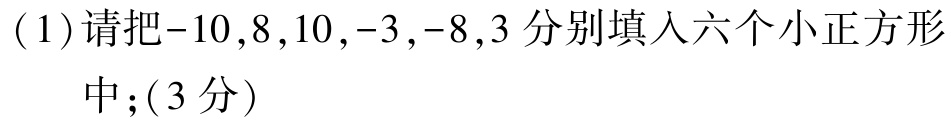
(1)请把\(-10,8,10,-3,-8,3\)分别填入六个小正方形中；（3分）